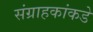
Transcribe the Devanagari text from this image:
संग्राहकांकडे